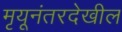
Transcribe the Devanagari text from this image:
मृयूनंतरदेखील